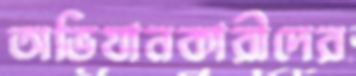
অভিযানকারীদের